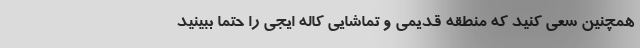
همچنین سعی کنید که منطقه قديمی و تماشایی كاله ايجی را حتما ببینید